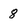
Character: 8